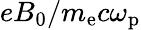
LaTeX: eB_{0}/m_{\mathrm{e}}c\omega_{\mathrm{p}}